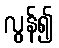
လွန်၍